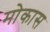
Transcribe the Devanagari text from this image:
मोकास